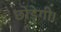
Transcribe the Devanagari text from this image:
छोड़ेगी।